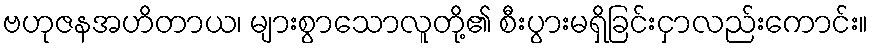
ဗဟုဇနအဟိတာယ၊ များစွာသောလူတို့၏ စီးပွားမရှိခြင်းငှာလည်းကောင်း။